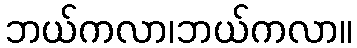
ဘယ်ကလာ၊ဘယ်ကလာ။